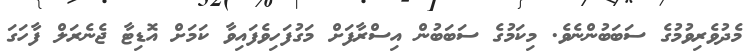
މެދުވެރިވުމުގެ ސަބަބުންނެވެ. މިކަމުގެ ސަބަބުން އިސްރާފަށް މަގުފަހިވެފައިވާ ކަމަށް އޮޑިޓާ ޖެނެރަލް ފާހަގަ